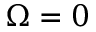
\Omega = 0